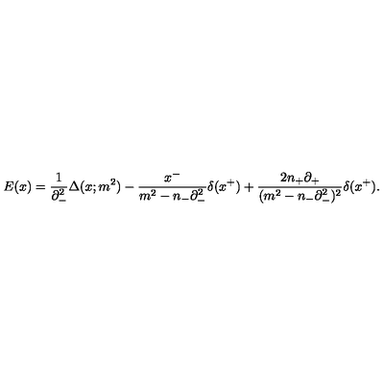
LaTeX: E ( x ) = \frac { 1 } { { \partial } _ { - } ^ { 2 } } { \Delta } ( x ; m ^ { 2 } ) - \frac { x ^ { - } } { m ^ { 2 } - n _ { - } { \partial } _ { - } ^ { 2 } } { \delta } ( x ^ { + } ) + \frac { 2 n _ { + } { \partial } _ { + } } { ( m ^ { 2 } - n _ { - } { \partial } _ { - } ^ { 2 } ) ^ { 2 } } { \delta } ( x ^ { + } ) .